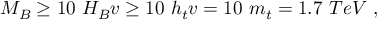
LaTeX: M _ { B } \geq 1 0 \ H _ { B } v \geq 1 0 \ h _ { t } v = 1 0 \ m _ { t } = 1 . 7 \ T e V \ ,